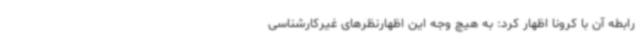
رابطه آن با کرونا اظهار کرد: به هیچ وجه این اظهارنظرهای غیرکارشناسی